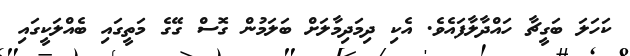
ކަހަލަ ބަގީޗާ ހައްދާލާފައެވެ. އެކި ދިމަދިމާލަށް ބަލަމުން ގޮސް ގޭގެ މަތީގައި ބެއްލަކީގައި